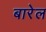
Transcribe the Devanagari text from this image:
बारेल